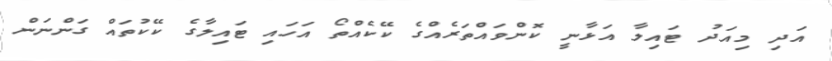
އަދި މިއަދު ޓައިލާ އަޅާނީ ކޮންވައްތަރެއްގެ ކޭކެއްތޯ އަހައި ޓައިލާގެ ކޭކުތައް ގަންނަން